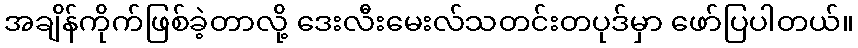
အချိန်ကိုက်ဖြစ်ခဲ့တာလို့ ဒေးလီးမေးလ်သတင်းတပုဒ်မှာ ဖော်ပြပါတယ်။